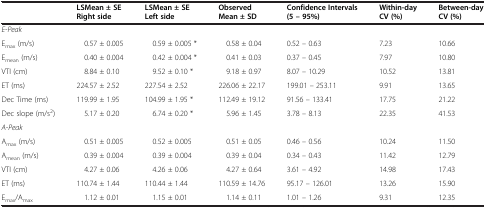
<table><thead><tr><td>[EMPTY_CELL]</td><td><b>LSMean ± SE Right side</b></td><td><b>LSMean ± SE Left side</b></td><td><b>Observed Mean ± SD</b></td><td><b>Confidence Intervals (5 – 95%)</b></td><td><b>Within-day CV (%)</b></td><td><b>Between-day CV (%)</b></td></tr></thead><tbody><tr><td><i>E-Peak</i></td><td>[EMPTY_CELL]</td><td>[EMPTY_CELL]</td><td>[EMPTY_CELL]</td><td>[EMPTY_CELL]</td><td>[EMPTY_CELL]</td><td>[EMPTY_CELL]</td></tr><tr><td>E<sub>max</sub> (m/s)</td><td>0.57 ± 0.005</td><td>0.59 ± 0.005 *</td><td>0.58 ± 0.04</td><td>0.52 – 0.63</td><td>7.23</td><td>10.66</td></tr><tr><td>E<sub>mean</sub> (m/s)</td><td>0.40 ± 0.004</td><td>0.42 ± 0.004 *</td><td>0.41 ± 0.03</td><td>0.37 – 0.45</td><td>7.97</td><td>10.80</td></tr><tr><td>VTI (cm)</td><td>8.84 ± 0.10</td><td>9.52 ± 0.10 *</td><td>9.18 ± 0.97</td><td>8.07 – 10.29</td><td>10.52</td><td>13.81</td></tr><tr><td>ET (ms)</td><td>224.57 ± 2.52</td><td>227.54 ± 2.52</td><td>226.06 ± 22.17</td><td>199.01 – 253.11</td><td>9.91</td><td>13.65</td></tr><tr><td>Dec Time (ms)</td><td>119.99 ± 1.95</td><td>104.99 ± 1.95 *</td><td>112.49 ± 19.12</td><td>91.56 – 133.41</td><td>17.75</td><td>21.22</td></tr><tr><td>Dec slope (m/s<sup>2</sup>)</td><td>5.17 ± 0.20</td><td>6.74 ± 0.20 *</td><td>5.96 ± 1.45</td><td>3.78 – 8.13</td><td>22.35</td><td>41.53</td></tr><tr><td><i>A-Peak</i></td><td>[EMPTY_CELL]</td><td>[EMPTY_CELL]</td><td>[EMPTY_CELL]</td><td>[EMPTY_CELL]</td><td>[EMPTY_CELL]</td><td>[EMPTY_CELL]</td></tr><tr><td>A<sub>max</sub> (m/s)</td><td>0.51 ± 0.005</td><td>0.52 ± 0.005</td><td>0.51 ± 0.05</td><td>0.46 – 0.56</td><td>10.24</td><td>11.50</td></tr><tr><td>A<sub>mean</sub> (m/s)</td><td>0.39 ± 0.004</td><td>0.39 ± 0.004</td><td>0.39 ± 0.04</td><td>0.34 – 0.43</td><td>11.42</td><td>12.79</td></tr><tr><td>VTI (cm)</td><td>4.27 ± 0.06</td><td>4.26 ± 0.06</td><td>4.27 ± 0.64</td><td>3.61 – 4.92</td><td>14.98</td><td>17.43</td></tr><tr><td>ET (ms)</td><td>110.74 ± 1.44</td><td>110.44 ± 1.44</td><td>110.59 ± 14.76</td><td>95.17 – 126.01</td><td>13.26</td><td>15.90</td></tr><tr><td>E<sub>max</sub>/A<sub>max</sub></td><td>1.12 ± 0.01</td><td>1.15 ± 0.01</td><td>1.14 ± 0.11</td><td>1.01 – 1.26</td><td>9.31</td><td>12.35</td></tr></tbody></table>